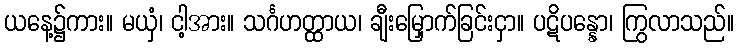
ယနေ့၌ကား။ မယှံ၊ ငါ့အား။ သင်္ဂဟတ္ထာယ၊ ချီးမြှောက်ခြင်းငှာ။ ပဋိပန္နော၊ ကြွလာသည်။